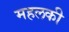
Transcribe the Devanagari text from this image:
महलकी